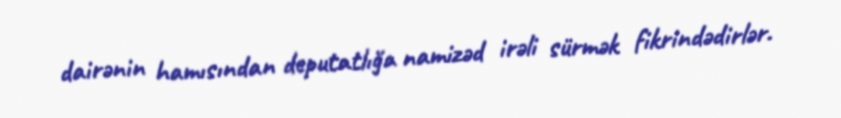
dairənin hamısından deputatlığa namizəd irəli sürmək fikrindədirlər.